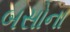
બસોના